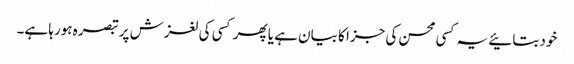
خود بتائیے یہ کسی محسن کی جزا کا بیان ہے یا پھر کسی کی لغزش پر تبصرہ ہورہا ہے۔